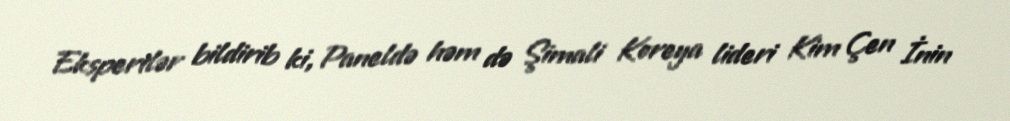
Ekspertlər bildirib ki, Paneldə həm də Şimali Koreya lideri Kim Çen İnin